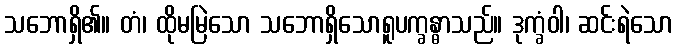
သဘောရှိ၏။ တံ၊ ထိုမမြဲသော သဘောရှိသောရူပက္ခန္ဓာသည်။ ဒုက္ခံဝါ၊ ဆင်းရဲသော